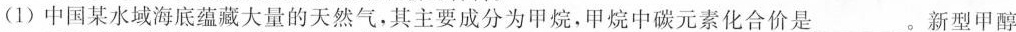
(1)中国某水域海底蕴藏大量的天然气，其主要成分为甲烷，甲烷中碳元素化合价是\underline 。新型甲醇